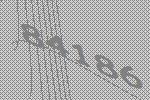
84186